Annual report of the Punjab Veterinary College and of the Civil Veterinary Department, Punjab - 1920-1925
Year: 1920
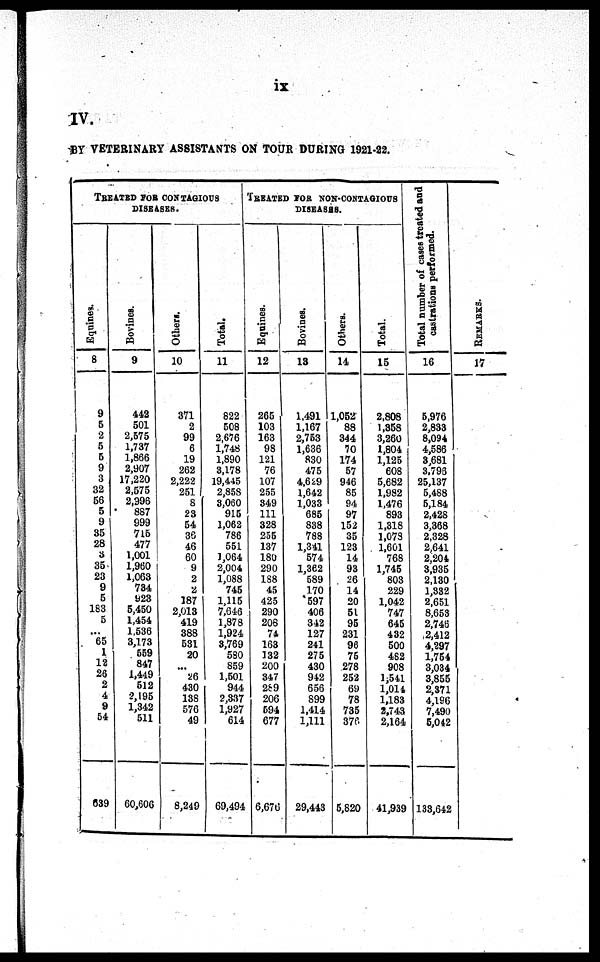
ix
IV.
BY VETERI NARY ASSI STANTS ON TOUR DURI NG 1921-22.
TREATED FOR CONTAGIOUS
DISEASES.
Equines.
8
9
5
2
5
5
9
3
32
56
5
9
35
28
3
35
23
9
5
183
5
...
65
1
12
26
2
4
9
54
639
Bovines.
9
442
501
2,575
1, 737
1, 866
2, 907
17, 220
2,575
2, 996
887
999
715
477
1, 001
1, 960
1, 063
734
923
5, 450
1, 454
1, 536
3, 173
559
847
1, 449
512
2, 195
1, 342
511
60, 606
Others.
10
371
2
99
6
19
262
2, 222
251
8
23
54
36
46
60
9
2
2
187
2,013
419
388
531
20
... 26
430
138
576
49
8,249
Total.
11
822
508
2, 676
1, 748
1, 890
3, 178
19, 445
2, 858
3, 060
915
1, 062
786
551
1, 064
2, 004
1, 088
745
1, 115
7, 646
1, 878
1, 924
3, 769
580
859
1,501
944
2, 337
1, 927 614
69, 494
TREATED FOR NON-CON
DISEASES.
Equines.
12
265
103
163
98
121
76
107
255
349
111
328
255
137
180
290
188
45
425
290
208
74
163
132
200
347
289
206
594
677
6, 676
Bovines.
13
1, 491
1, 167
2,753
1, 636
830
475
4, 629
1, 642
1, 033
685
838
788
1, 341
574
1, 362
589
170
597
406
342
127
241
275
430
942
656
899
1, 414
1, 111
29, 443
Others.
14
1, 052
88
344
70
174
57
946
85
94
97
152
35
123
14
93
26
14
20
51
95
231
96
75
278
252
69
78
735
376
5,820
Total.
15
2, 808
1, 358
3, 260
1, 804
1, 125
608
5, 682
1, 982
1, 476
893
1, 318
1, 078
1, 601
768
1, 745
803
229
1, 042
747
645
432
500
482
908
1,541
1,014
1, 183
2, 743
2, 164
41, 939
Total number of cases treated and
castrations performed.
16
5, 976
2,833
8, 094
4, 586
3, 681
3, 796
25, 137
5, 488
5, 184
2, 428
3, 368
2, 328
2, 641
2, 204
3,935
2, 130
1, 332
2, 651
8, 653
2, 746
2, 412
4, 297
1, 754
3, 034
3, 855
2, 371
4, 196
7, 490
5, 042
133, 642
REMARKS.
17